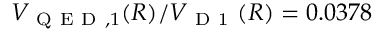
V _ { \mathrm { ~ Q ~ E ~ D ~ } , 1 } ( R ) / V _ { \mathrm { ~ D ~ 1 ~ } } ( R ) = 0 . 0 3 7 8